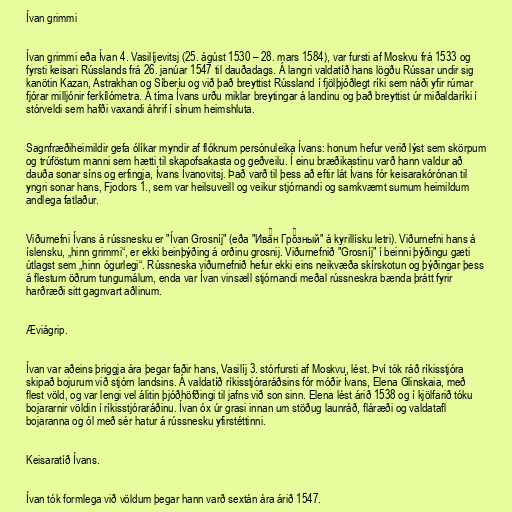
Ívan grimmi

Ívan grimmi eða Ívan 4. Vasilíjevitsj (25. ágúst 1530 – 28. mars 1584), var fursti af Moskvu frá 1533 og
fyrsti keisari Rússlands frá 26. janúar 1547 til dauðadags. Á langri valdatíð hans lögðu Rússar undir sig
kanötin Kazan, Astrakhan og Síberíu og við það breyttist Rússland í fjölþjóðlegt ríki sem náði yfir rúmar
fjórar milljónir ferkílómetra. Á tíma Ívans urðu miklar breytingar á landinu og það breyttist úr miðaldaríki í
stórveldi sem hafði vaxandi áhrif í sínum heimshluta.

Sagnfræðiheimildir gefa ólíkar myndir af flóknum persónuleika Ívans: honum hefur verið lýst sem skörpum
og trúföstum manni sem hætti til skapofsakasta og geðveilu. Í einu bræðikastinu varð hann valdur að
dauða sonar síns og erfingja, Ívans Ívanovitsj. Það varð til þess að eftir lát Ívans fór keisarakórónan til
yngri sonar hans, Fjodors 1., sem var heilsuveill og veikur stjórnandi og samkvæmt sumum heimildum
andlega fatlaður.

Viðurnefni Ívans á rússnesku er "Ívan Grosníj" (eða "Ива́н Гро́зный" á kyrillísku letri​). Viðurnefni hans á
íslensku, „hinn grimmi“, er ekki beinþýðing á orðinu grosnij. Viðurnefnið "Grosníj" í beinni þýðingu gæti
útlagst sem „hinn ógurlegi“. Rússneska viðurnefnið hefur ekki eins neikvæða skírskotun og þýðingar þess
á flestum öðrum tungumálum, enda var Ívan vinsæll stjórnandi meðal rússneskra bænda þrátt fyrir
harðræði sitt gagnvart aðlinum.

Æviágrip.

Ívan var aðeins þriggja ára þegar faðir hans, Vasilíj 3. stórfursti af Moskvu, lést. Því tók ráð ríkisstjóra
skipað bojurum við stjórn landsins. Á valdatíð ríkisstjóraráðsins fór móðir Ívans, Elena Glinskaia, með
flest völd, og var lengi vel álitin þjóðhöfðingi til jafns við son sinn. Elena lést árið 1538 og í kjölfarið tóku
bojararnir völdin í ríkisstjóraráðinu. Ívan óx úr grasi innan um stöðug launráð, fláræði og valdatafl
bojaranna og ól með sér hatur á rússnesku yfirstéttinni.

Keisaratíð Ívans.

Ívan tók formlega við völdum þegar hann varð sextán ára árið 1547.